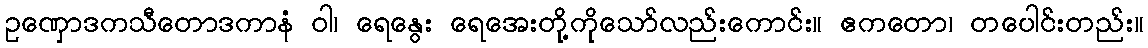
ဥဏှောဒကသီတောဒကာနံ ဝါ၊ ရေနွေး ရေအေးတို့ကိုသော်လည်းကောင်း။ ဧကတော၊ တပေါင်းတည်း။